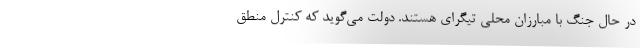
در حال جنگ با مبارزان محلی تیگرای هستند. دولت می‌گوید که کنترل منطق